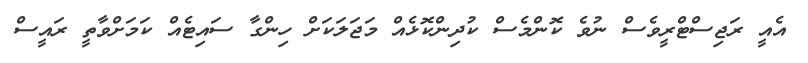
އެއީ ރަޖިސްޓްރީވެސް ނުވެ ކޮންމެސް ކުދިންކޮޅެއް މަޖަލަކަށް ހިންގާ ސައިޓެއް ކަމަށްވާތީ ރައީސް